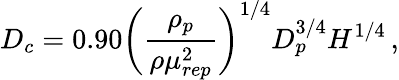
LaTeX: D_{c}=0.90\bigg(\frac{\rho_{p}}{\rho\mu_{rep}^{2}}\bigg)^{1/4}D_{p}^{3/4}H^{1/4}\, ,